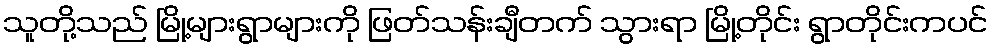
သူတို့သည် မြို့များရွာများကို ဖြတ်သန်းချီတက် သွားရာ မြို့တိုင်း ရွာတိုင်းကပင်